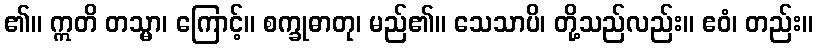
၏။ ဣတိ တသ္မာ၊ ကြောင့်။ စက္ခုဓာတု၊ မည်၏။ သေသာပိ၊ တို့သည်လည်း။ ဧဝံ၊ တည်း။